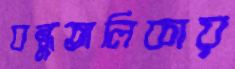
বন্ধুতালিকায়